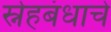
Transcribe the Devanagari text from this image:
स्नेहबंधाचे